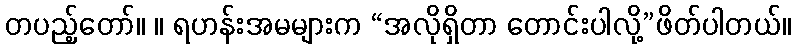
တပည့်တော်။ ။ ရဟန်းအမများက “အလိုရှိတာ တောင်းပါလို့”ဖိတ်ပါတယ်။